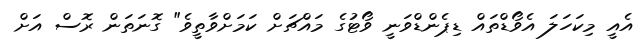
އެއީ މިކަހަލަ އެވޯޑްތައް ޑިޕެންޑްވަނީ ވޯޓުގެ މައްޗަށް ކަމަށްވާތީވެ" ގޮނަތަން ރޮސް އަށް